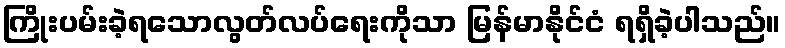
ကြိုးပမ်းခဲ့ရသောလွတ်လပ်ရေးကိုသာ မြန်မာနိုင်ငံ ရရှိခဲ့ပါသည်။